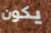
يكون